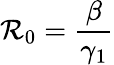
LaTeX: \mathcal{R}_{0}=\frac{\beta}{\gamma_{1}}